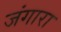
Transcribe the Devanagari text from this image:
जंगारा